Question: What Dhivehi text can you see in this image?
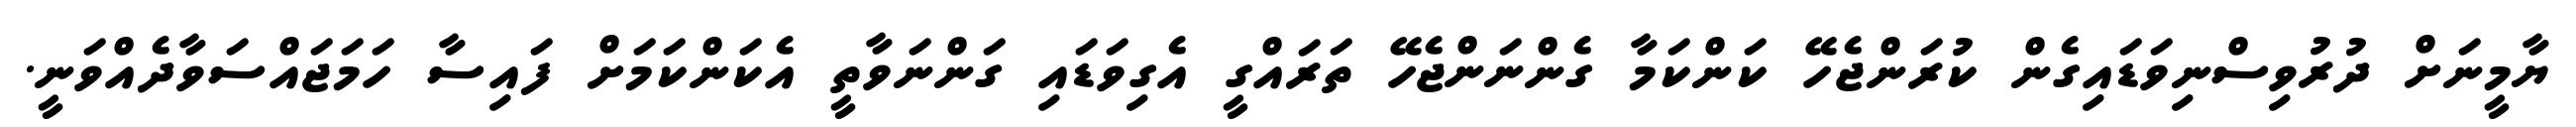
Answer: ޔާމީނަށް ދުރުވިސްނިވަޑައިގެން ކުރަންޖެހޭ ކަންކަމާ ގެންނަންޖެހޭ ތަރައްގީ އެގިވަޑައި ގަންނަވާތީ އެކަންކަމަށް ފައިސާ ހަމަޖައްސަވާދެއްވަނީ.